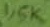
Text: 1,5K